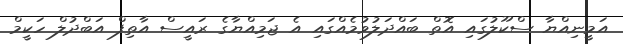
އަމީނިއްޔާ ސްކޫލުގައި އޮތް ބައްދަލުވުމެއްގައި އެ ޖަމިއްޔާގެ ރައީސް އާތިފް އަބްދުލް ހަކީމް